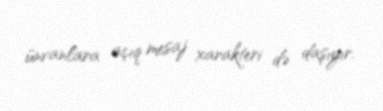
ünvanlara açıq mesaj xarakteri də daşıyır.